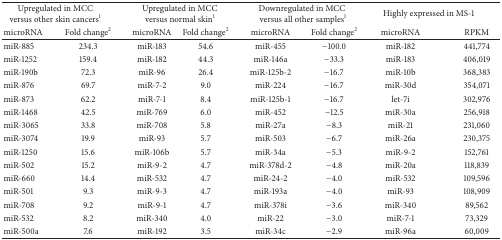
| <COLSPAN=2> Upregulated in MCC versus other skin cancers1 | <COLSPAN=2> Upregulated in MCC versus normal skin1 | <COLSPAN=2> Downregulated in MCC versus all other samples1 | <COLSPAN=2> Highly expressed in MS-1 |
 | microRNA | Fold change2 | microRNA | Fold change2 | microRNA | Fold change2 | microRNA | RPKM |
 | --- | --- | --- | --- | --- | --- | --- | --- |
 | miR-885 | 234.3 | miR-183 | 54.6 | miR-455 | −100.0 | miR-182 | 441,774 |
 | miR-1252 | 159.4 | miR-182 | 44.3 | miR-146a | −33.3 | miR-183 | 406,019 |
 | miR-190b | 72.3 | miR-96 | 26.4 | miR-125b-2 | −16.7 | miR-10b | 368,383 |
 | miR-876 | 69.7 | miR-7-2 | 9.0 | miR-224 | −16.7 | miR-30d | 354,071 |
 | miR-873 | 62.2 | miR-7-1 | 8.4 | miR-125b-1 | −16.7 | let-7i | 302,976 |
 | miR-1468 | 42.5 | miR-769 | 6.0 | miR-452 | −12.5 | miR-30a | 256,918 |
 | miR-3065 | 33.8 | miR-708 | 5.8 | miR-27a | −8.3 | miR-21 | 231,060 |
 | miR-3074 | 19.9 | miR-93 | 5.7 | miR-503 | −6.7 | miR-26a | 230,375 |
 | miR-1250 | 15.6 | miR-106b | 5.7 | miR-34a | −5.3 | miR-9-2 | 152,761 |
 | miR-502 | 15.2 | miR-9-2 | 4.7 | miR-378d-2 | −4.8 | miR-20a | 118,839 |
 | miR-660 | 14.4 | miR-532 | 4.7 | miR-24-2 | −4.0 | miR-532 | 109,596 |
 | miR-501 | 9.3 | miR-9-3 | 4.7 | miR-193a | −4.0 | miR-93 | 108,909 |
 | miR-708 | 9.2 | miR-9-1 | 4.7 | miR-378i | −3.6 | miR-340 | 89,562 |
 | miR-532 | 8.2 | miR-340 | 4.0 | miR-22 | −3.0 | miR-7-1 | 73,329 |
 | miR-500a | 7.6 | miR-192 | 3.5 | miR-34c | −2.9 | miR-96a | 60,009 |